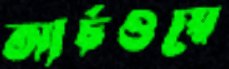
আর্চওয়ে